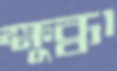
ক্ষুব্ধা